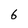
Character: 6